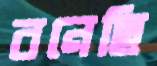
বনেছি